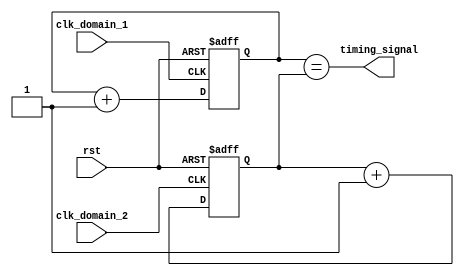
module multirate_timer (
    input wire clk_domain_1,
    input wire clk_domain_2,
    input wire rst,
    output wire timing_signal
);

reg [31:0] timer_count_1;
reg [31:0] timer_count_2;

always @(posedge clk_domain_1 or posedge rst) begin
    if (rst) begin
        timer_count_1 <= 0;
    end else begin
        timer_count_1 <= timer_count_1 + 1;
    end
end

always @(posedge clk_domain_2 or posedge rst) begin
    if (rst) begin
        timer_count_2 <= 0;
    end else begin
        timer_count_2 <= timer_count_2 + 1;
    end
end

assign timing_signal = (timer_count_1 == timer_count_2);

endmodule